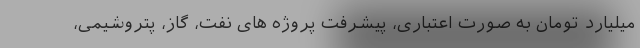
میلیارد تومان به صورت اعتباری، پیشرفت پروژه های نفت، گاز، پتروشیمی،